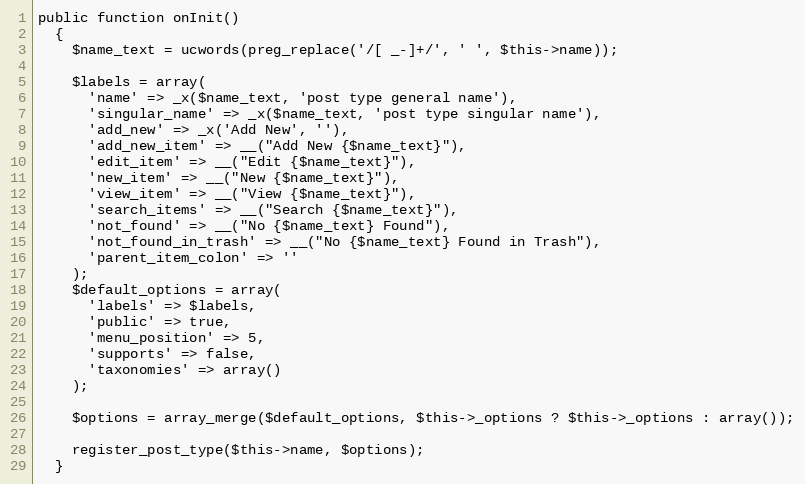
Language: PHP
public function onInit()
  {
    $name_text = ucwords(preg_replace('/[ _-]+/', ' ', $this->name));

    $labels = array(
      'name' => _x($name_text, 'post type general name'),
      'singular_name' => _x($name_text, 'post type singular name'),
      'add_new' => _x('Add New', ''),
      'add_new_item' => __("Add New {$name_text}"),
      'edit_item' => __("Edit {$name_text}"),
      'new_item' => __("New {$name_text}"),
      'view_item' => __("View {$name_text}"),
      'search_items' => __("Search {$name_text}"),
      'not_found' => __("No {$name_text} Found"),
      'not_found_in_trash' => __("No {$name_text} Found in Trash"),
      'parent_item_colon' => ''
    );
    $default_options = array(
      'labels' => $labels,
      'public' => true,
      'menu_position' => 5,
      'supports' => false,
      'taxonomies' => array()
    );

    $options = array_merge($default_options, $this->_options ? $this->_options : array());

    register_post_type($this->name, $options);
  }